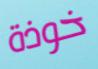
خوذة